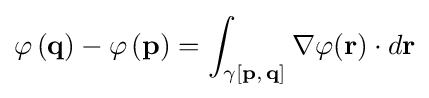
\varphi \left(\mathbf {q} \right)-\varphi \left(\mathbf {p} \right)=\int _{\gamma [\mathbf {p} ,\,\mathbf {q} ]}\nabla \varphi (\mathbf {r} )\cdot d\mathbf {r}